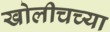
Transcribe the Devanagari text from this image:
खोलीचच्या